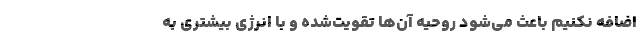
اضافه نکنیم باعث می‌شود روحیه آن‌ها تقویت‌شده و با انرژی بیشتری به